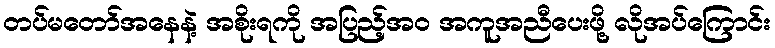
တပ်မတော်အနေနဲ့ အစိုးရကို အပြည့်အ၀ အကူအညီပေးဖို့ လိုအပ်ကြောင်း